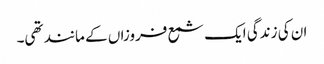
ان کی زندگی ایک شمع فروزاں کے مانند تھی۔